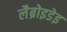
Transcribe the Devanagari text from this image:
लैब्रोइडेइ